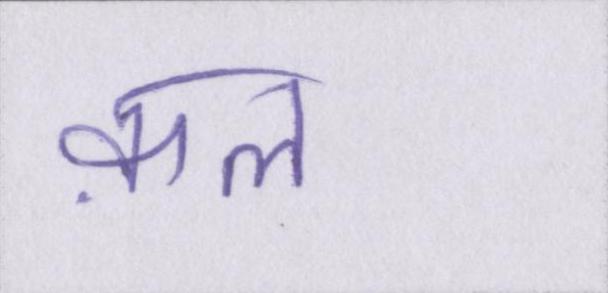
क़त्ल